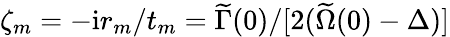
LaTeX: \zeta_{m}=-\mathrm{i}r_{m}/t_{m}=\widetilde\Gamma(0)/[2(\widetilde\Omega(0)-\Delta)]